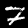
Digit: 7